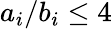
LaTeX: a_{i}/b_{i}\leq 4